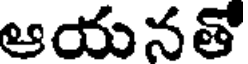
ఆయనతో